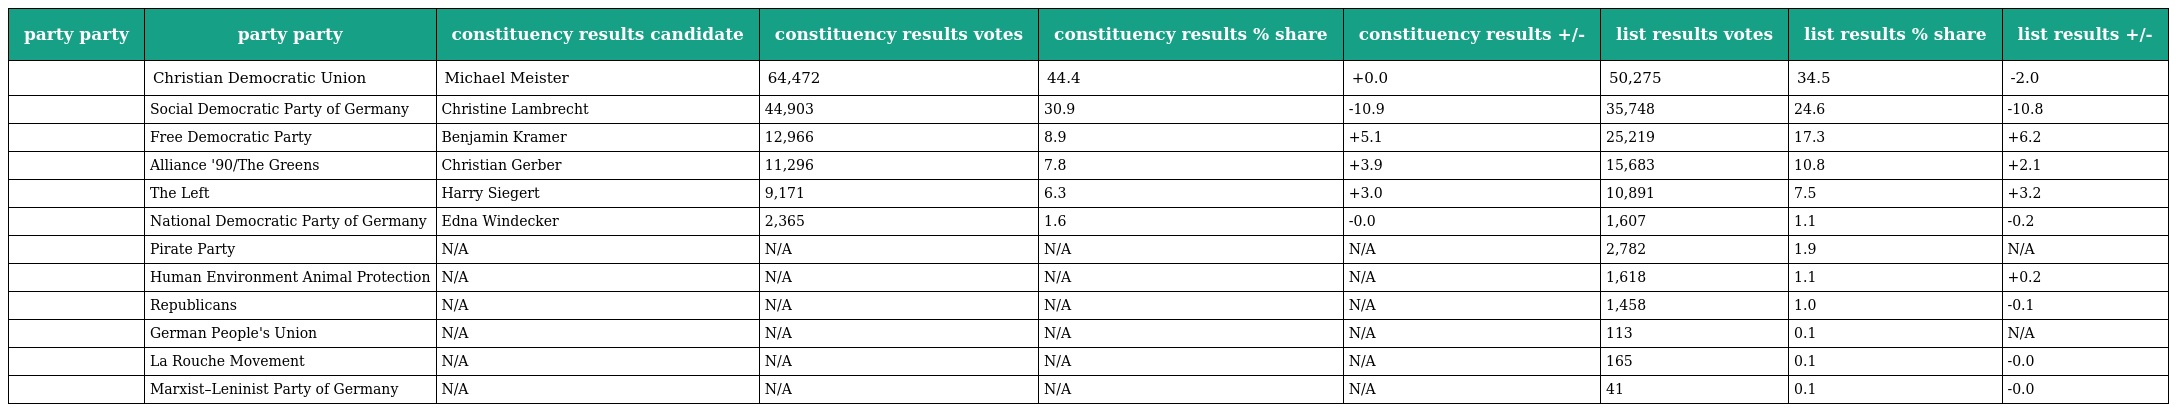
| party party | party party | constituency results candidate | constituency results votes | constituency results % share | constituency results +/- | list results votes | list results % share | list results +/- |
 | --- | --- | --- | --- | --- | --- | --- | --- | --- |
 |  | Christian Democratic Union | Michael Meister | 64,472 | 44.4 | +0.0 | 50,275 | 34.5 | -2.0 |
 |  | Social Democratic Party of Germany | Christine Lambrecht | 44,903 | 30.9 | -10.9 | 35,748 | 24.6 | -10.8 |
 |  | Free Democratic Party | Benjamin Kramer | 12,966 | 8.9 | +5.1 | 25,219 | 17.3 | +6.2 |
 |  | Alliance '90/The Greens | Christian Gerber | 11,296 | 7.8 | +3.9 | 15,683 | 10.8 | +2.1 |
 |  | The Left | Harry Siegert | 9,171 | 6.3 | +3.0 | 10,891 | 7.5 | +3.2 |
 |  | National Democratic Party of Germany | Edna Windecker | 2,365 | 1.6 | -0.0 | 1,607 | 1.1 | -0.2 |
 |  | Pirate Party | N/A | N/A | N/A | N/A | 2,782 | 1.9 | N/A |
 |  | Human Environment Animal Protection | N/A | N/A | N/A | N/A | 1,618 | 1.1 | +0.2 |
 |  | Republicans | N/A | N/A | N/A | N/A | 1,458 | 1.0 | -0.1 |
 |  | German People's Union | N/A | N/A | N/A | N/A | 113 | 0.1 | N/A |
 |  | La Rouche Movement | N/A | N/A | N/A | N/A | 165 | 0.1 | -0.0 |
 |  | Marxist–Leninist Party of Germany | N/A | N/A | N/A | N/A | 41 | 0.1 | -0.0 |